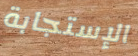
الإستجابة